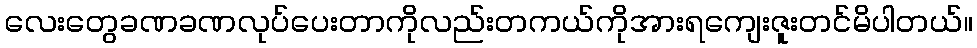
လေးတွေခဏခဏလုပ်ပေးတာကိုလည်းတကယ်ကိုအားရကျေးဇူးတင်မိပါတယ်။